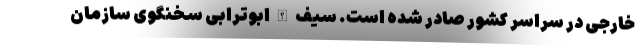
خارجی در سراسر کشور صادر شده است. سیف الله ابوترابی سخنگوی سازمان